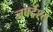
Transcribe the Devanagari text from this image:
जबर्दश्त